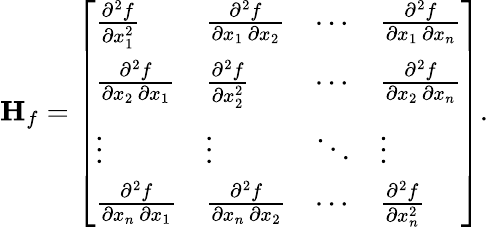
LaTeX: \mathbf{H}_{f}={\left[\begin{array}{llll}{{\frac{\partial^{2}f}{\partial x_{1}^{2}}}}&{{\frac{\partial^{2}f}{\partial x_{1}\, \partial x_{2}}}}&{\cdots}&{{\frac{\partial^{2}f}{\partial x_{1}\, \partial x_{n}}}}\\ {{\frac{\partial^{2}f}{\partial x_{2}\, \partial x_{1}}}}&{{\frac{\partial^{2}f}{\partial x_{2}^{2}}}}&{\cdots}&{{\frac{\partial^{2}f}{\partial x_{2}\, \partial x_{n}}}}\\ {\vdots}&{\vdots}&{\ddots}&{\vdots}\\ {{\frac{\partial^{2}f}{\partial x_{n}\, \partial x_{1}}}}&{{\frac{\partial^{2}f}{\partial x_{n}\, \partial x_{2}}}}&{\cdots}&{{\frac{\partial^{2}f}{\partial x_{n}^{2}}}}\end{array}\right]}.